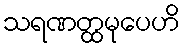
သရဏတ္ထမုပေဟိ